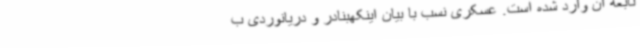
تابعه آن وارد شده است. عسکری نسب با بیان اینکهبنادر و دریانوردی ب